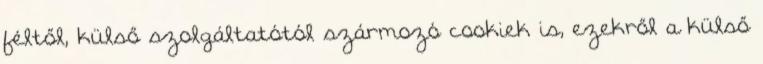
féltől, külső szolgáltatótól szármozó cookiek is, ezekről a külső